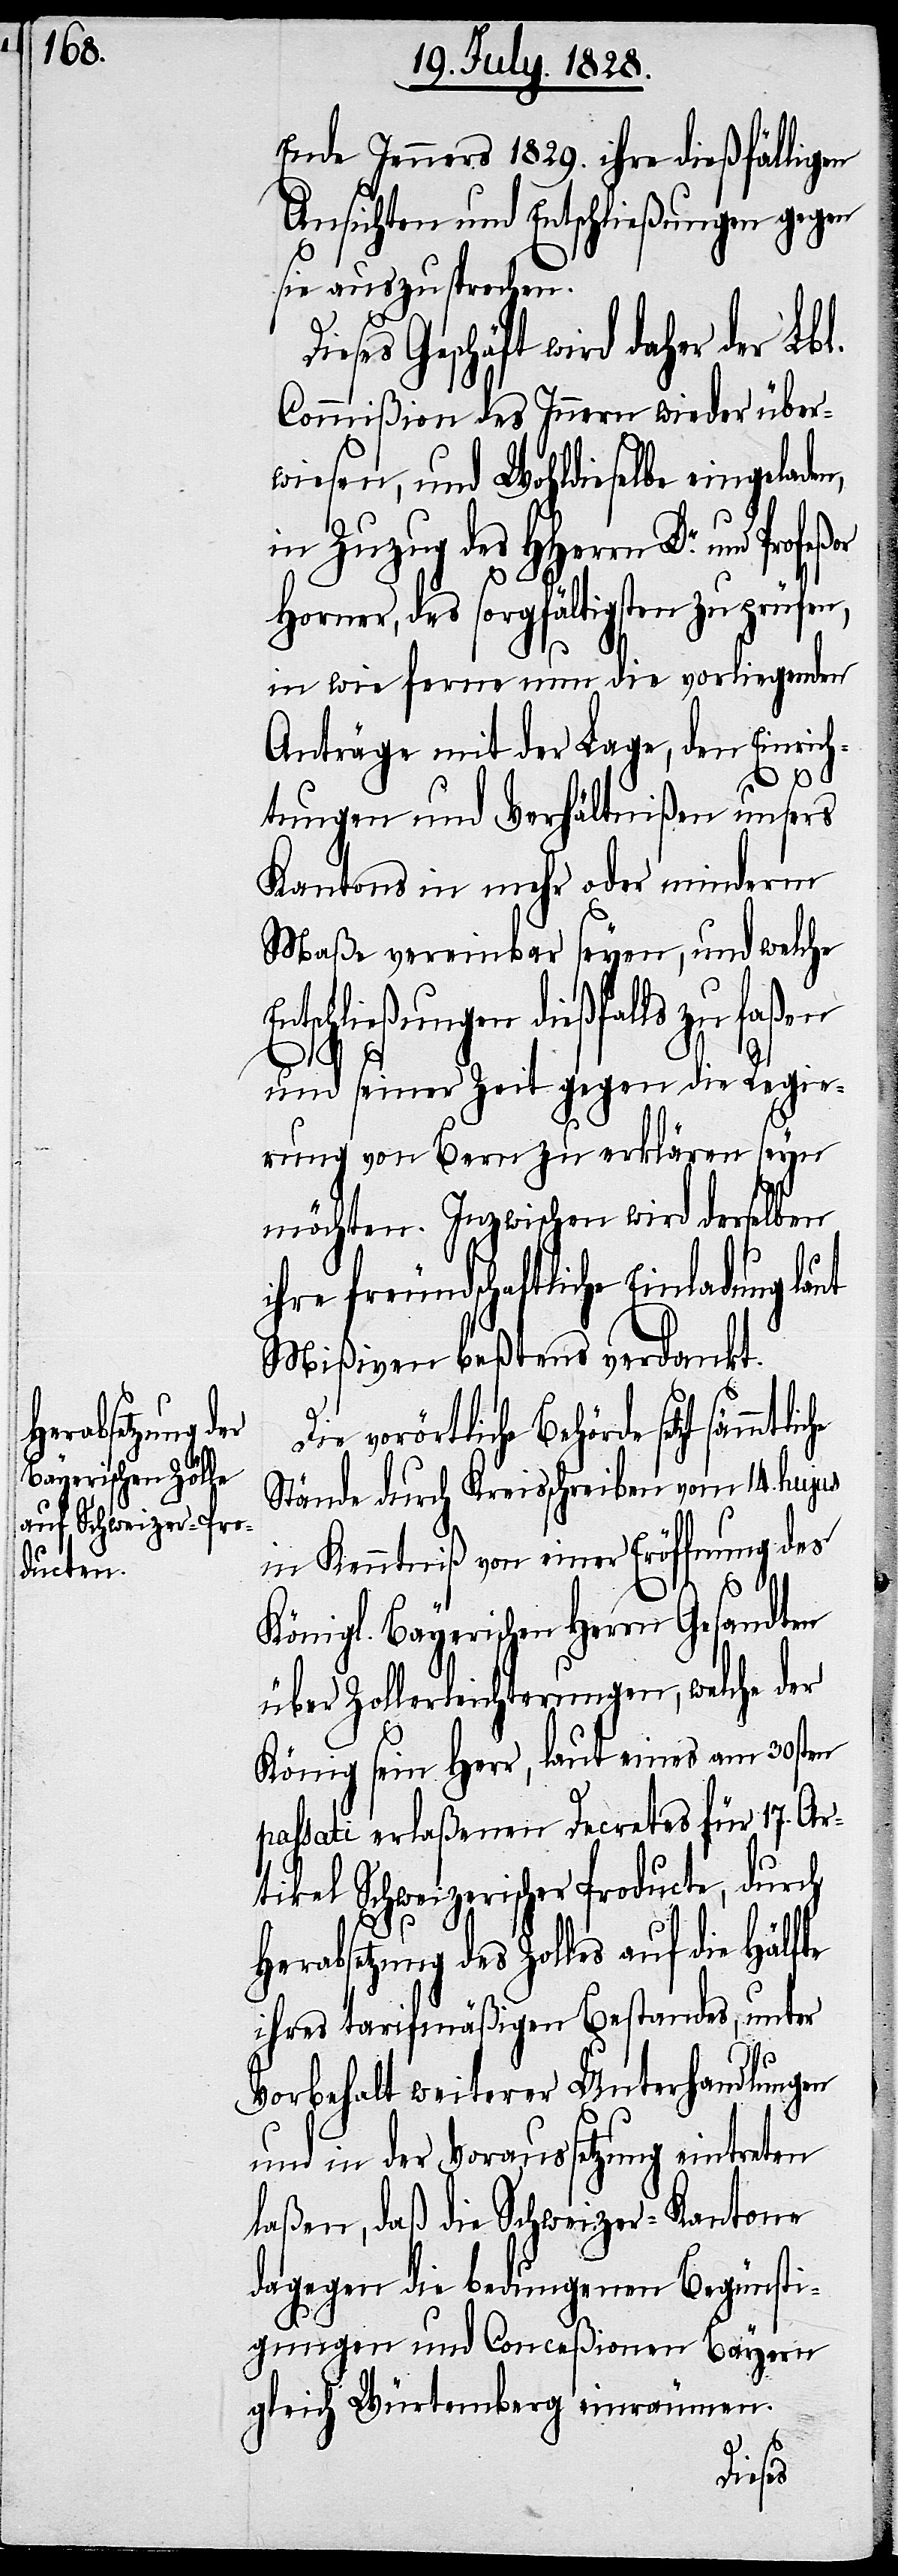
Ende Jenners 1829. ihre dießfälligen
Ansichten und Entschließungen gegen
sie auszusprechen.
Geschäft wird daher der Lb¬
Commißion des Innern wieder über¬
wiesen, und Wohldieselbe eingeladen,
in Zuzug des HHerrn Dr. un¬
ut
Horner, des sorgfältigsten zu prüfen,
in wie ferne nun die vorliegenden
Anträge mit der Lage, den Einrich¬
Entschl¬
tungen und Verhältnißen unsers
Kantons in mehr oder minderm
Maße vereinbar seyen, und welche
ießungen dießfalls zu faßen
und seiner Zeit gegen die Regie¬
rung von Bern zu erklären seyn
möchten. Inzwischen wird derselben
freundschaftliche Einladung la¬
Mißiven beßtens verdankt.
Die vorörtliche Behörde setzt
Stände durch Kreisschreiben vom 14. hujus
in Kenntniß von einer Eröffnung des
Königl. Bayerischen Herrn Gesandten
über Zollerleichterungen, welche der
König sein Herr, laut eines am 30sten
passati erlaßenen Decretes für 17. Ar¬
tikel Schweizerischer Producte, durch
Herabsetzung des Zolles auf die Hälfte
ihres tarifmäßigen Bestandes, unter
Vorbehalt weiterer Unterhandlungen
und in der Voraussetzung eintreten
laßen, daß die Schweizer-Kantone
dagegen die bedungenen Begünsti¬
gungen und Conceßionen Bayern
gleich Würtemberg einräumen.
Dieses